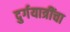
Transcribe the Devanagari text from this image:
दुर्गयात्रींचा